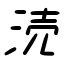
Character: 涜